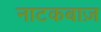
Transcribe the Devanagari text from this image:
नाटकबाज़